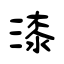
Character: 漆